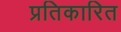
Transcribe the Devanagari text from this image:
प्रतिकारित